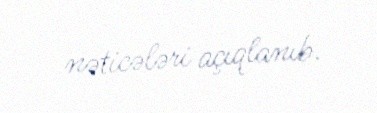
nəticələri açıqlanıb.